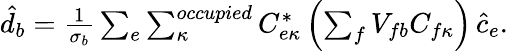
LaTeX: \begin{array}{r}{\hat{d}_{b}=\frac{1}{\sigma_{b}}\sum_{e}\sum_{\kappa}^{occupied}C_{e\kappa}^{*}\left(\sum_{f}V_{fb}C_{f\kappa}\right)\, \hat{c}_{e}.}\end{array}